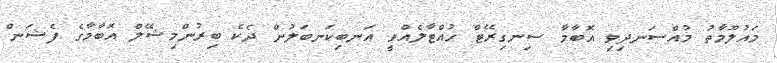
މައުލޫމާތު މުއްސަނދިވި އޮބާމާ ސިނގިރޭޓް ހުއްޓާލެއްވީ އަނބިކަނބަލުން ދެކެ ބިރުންމިޝޭލް އޮބާމާގެ ފެޝަން